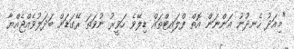
"މިއަދު ހެނދުނު އަންނަން އޮތް ފްލައިޓްތައް ޑިލޭވެ ހަވީރު ނުވަތަ ރޭގަޑަށް ބަދަލުވެއްޖެއްޔާ